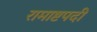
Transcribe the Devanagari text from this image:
रामाष्टपदी